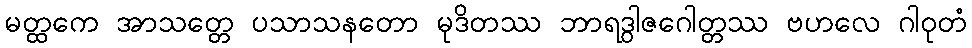
မတ္ထကေ အာသတ္တေ ပသာသနတော မုဒိတဿ ဘာရဒွါဇဂေါတ္တဿ ဗဟလေ ဂါဝုတံ